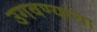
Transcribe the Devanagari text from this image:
उगवण्याचा